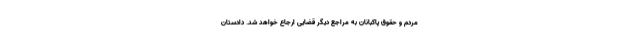
مردم و حقوق پاکبانان به مراجع دیگر قضایی ارجاع خواهد شد. دادستان